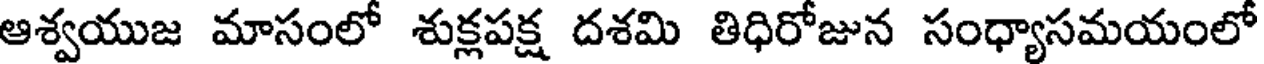
ఆశ్వయుజ మాసంలో శుక్లపక్ష దశమి తిధిరోజున సంధ్యాసమయంలో